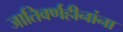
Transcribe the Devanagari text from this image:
जातिवर्णहीनांना